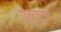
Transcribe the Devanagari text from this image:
प्रकृष्टम्